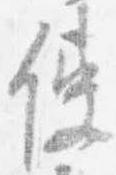
使